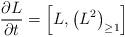
LaTeX: \begin{align*}{\partial L\over \partial t} = \left[L , \left(L^{2}\right)_{\geq1}\right]\end{align*}